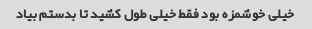
خیلی خوشمزه بود فقط خیلی طول کشید تا بدستم بیاد